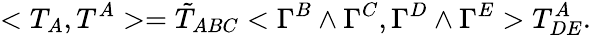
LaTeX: <T_{A},T^{A}>={\tilde{T}}_{ABC}<\Gamma^{B}\wedge\Gamma^{C},\Gamma^{D}\wedge\Gamma^{E}>T_{DE}^{A}.